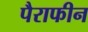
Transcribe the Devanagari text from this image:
पैराफीन